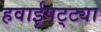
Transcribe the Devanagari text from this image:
हवाईपट्ट्या